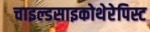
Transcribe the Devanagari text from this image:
चाइल्डसाइकोथेरेपिस्ट